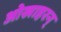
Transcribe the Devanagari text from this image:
ओखाहरन्